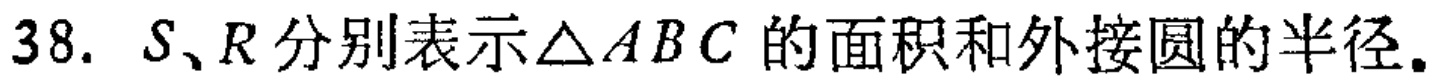
38. \(S、R\)分别表示\(\triangle ABC\)的面积和外接圆的半径。